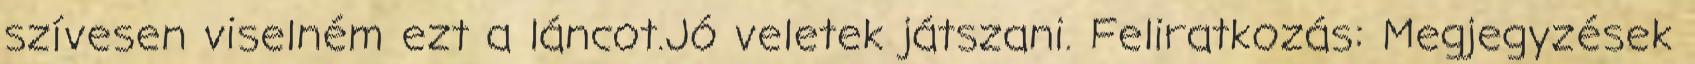
szívesen viselném ezt a láncot.Jó veletek játszani. Feliratkozás: Megjegyzések